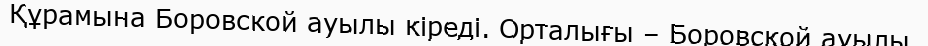
Құрамына Боровской ауылы кіреді. Орталығы – Боровской ауылы.